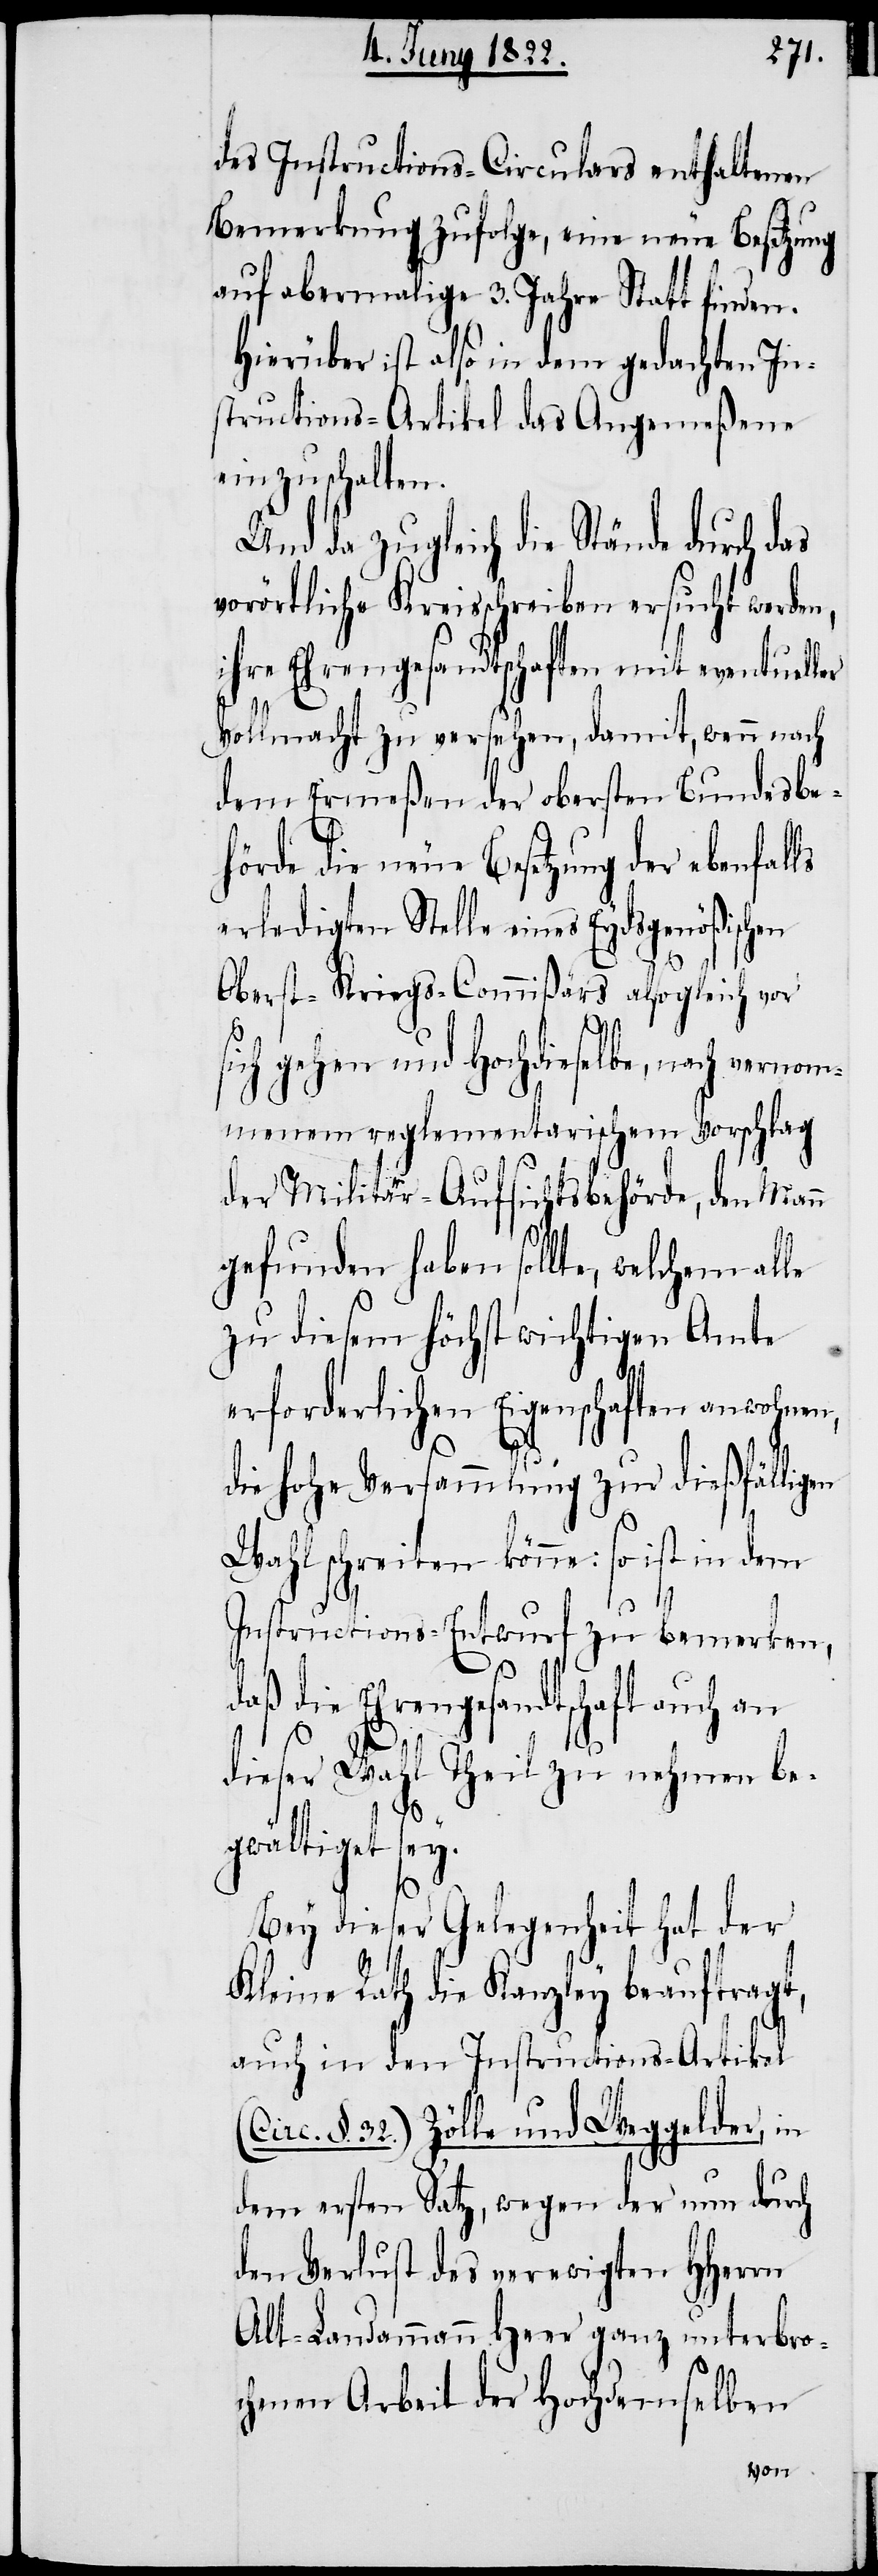
des Instructions-Circulars enthaltenen
Bemerkung zufolge, eine neue Besetzung
auf abermalige 3. Jahre Statt finden .
Hierüber ist also in dem gedachten In¬
structions-Artikel das Angemeßene
einzuschalten.
Und da zugleich die Stände durch das
vorörtliche Kreisschreiben ersucht werden,
ihre Ehrengesandtschaft mit eventueller
Vollmacht zu versehen, damit, wenn nach
dem Ermeßen der obersten Bundesbe¬
hörde die neue Besetzung der ebenfalls
erledigten Stelle eines Eydsgenößischen
s¬
Oberst-Kriegs-Commißärs also gleich vor
ich gehen und hochdieselbe, nach vern¬
ommenen reglementarischem Vorschlag
der Militär-Aufsichtsbehörde, den Mann
gefunden haben sollte, welchem alle
zu diesem höchst wichtigen Amte
erforderlichen Eigenschaften anwohnen,
die hohe Versammlung zur dießfälligen
Wahl schreiten könne: so ist in dem
Instructions-Entwurf zu bemerken,
daß die Ehrengesandtschaft auch an
dieser Wahl Theil zu nehmen be¬
gwältiget sey.
Bey dieser Gelegenheit hat der
Kleine Rath die Kanzley beauftragt,
auch in den Instructions-Artikel
(Circ. §. 32.) Zölle und Weggelder, in
dem ersten Satz, wegen der nun durch
den Verlust des verewigten HHerrn
Alt-Landammann Heer ganz unterbro¬
chenen Arbeit der Hochdemselben